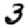
Digit: 3